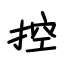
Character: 控